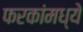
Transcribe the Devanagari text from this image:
फरकांमध्ये